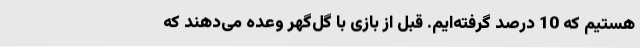
هستیم که 10 درصد گرفته‌ایم. قبل از بازی با گل‌گهر وعده می‌دهند که